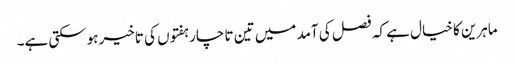
ماہرین کا خیال ہے کہ فصل کی آمد میں تین تا چار ہفتوں کی تاخیر ہوسکتی ہے۔